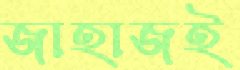
জাহাজই